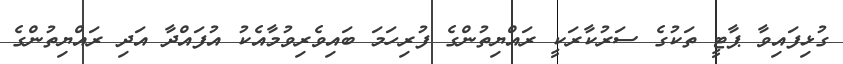
ގުޅިފައިވާ ޕާޓީ ތަކުގެ ސަރުކާރަކީ ރައްޔިތުންގެ ފުރިހަމަ ބައިވެރިވުމާއެކު އުފައްދާ އަދި ރައްޔިތުންގެ